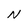
Character: N